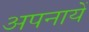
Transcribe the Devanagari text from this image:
अपनायें